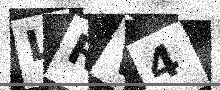
Text: LRV4